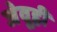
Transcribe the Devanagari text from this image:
जेवूही